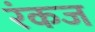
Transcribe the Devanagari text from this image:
रंकज